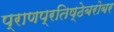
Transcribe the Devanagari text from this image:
प्राणप्रतिष्ठेबरोबर